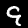
Label: 9